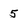
Character: 5